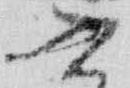
書